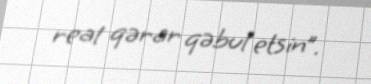
real qərar qəbul etsin”.